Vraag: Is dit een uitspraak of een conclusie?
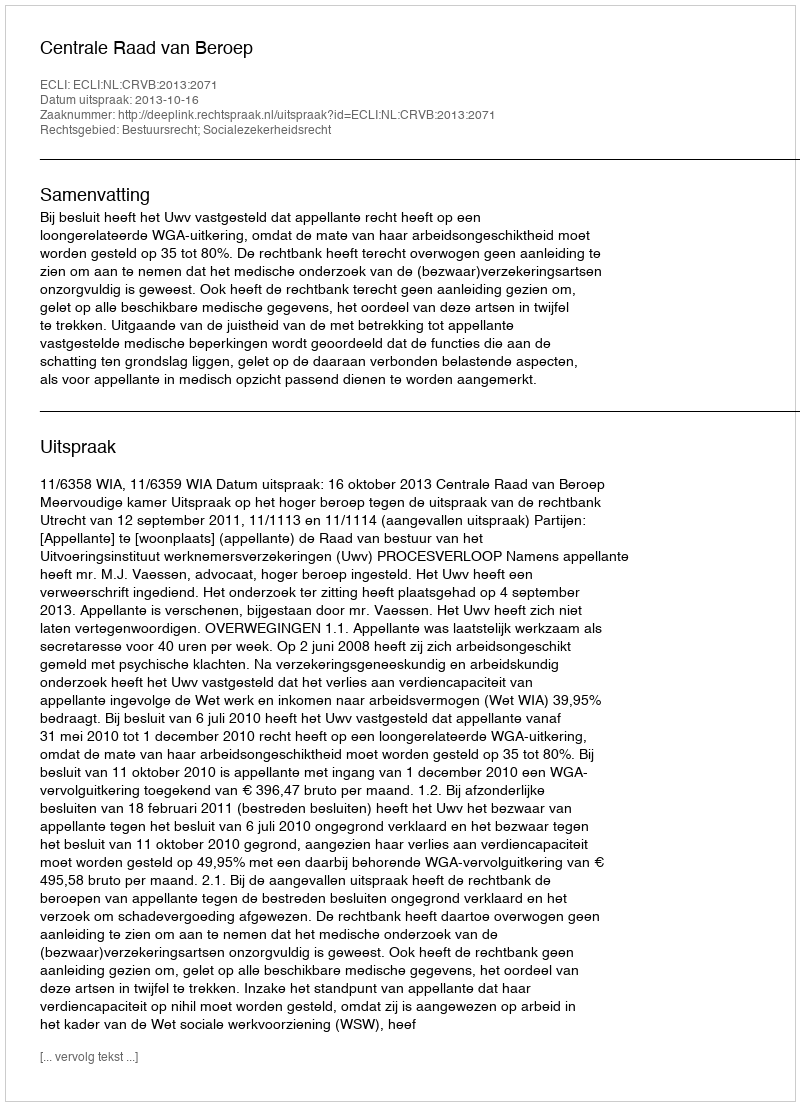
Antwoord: Uitspraak